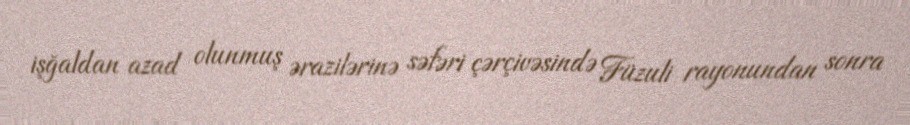
işğaldan azad olunmuş ərazilərinə səfəri çərçivəsində Füzuli rayonundan sonra